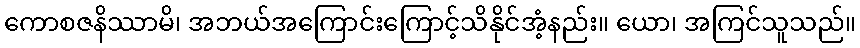
ကောစဇနိဿာမိ၊ အဘယ်အကြောင်းကြောင့်သိနိုင်အံ့နည်း။ ယော၊ အကြင်သူသည်။